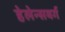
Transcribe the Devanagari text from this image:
हेलेन्सबर्ग